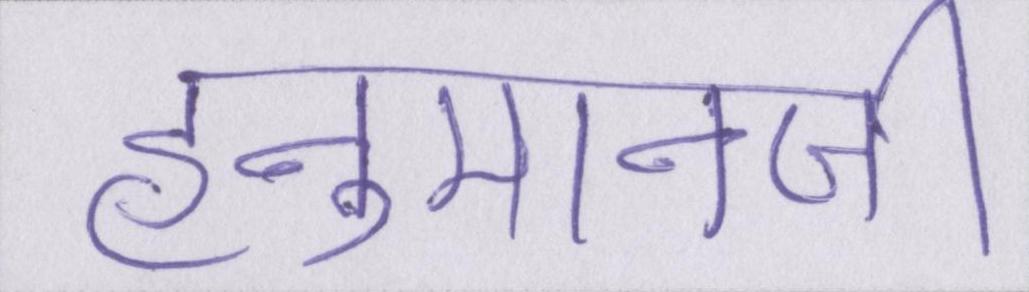
हनुमानजी